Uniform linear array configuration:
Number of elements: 8
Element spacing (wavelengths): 0.25
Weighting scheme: blackman
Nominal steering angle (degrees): -45
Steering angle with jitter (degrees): -45.801
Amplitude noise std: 0.05
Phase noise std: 0.05

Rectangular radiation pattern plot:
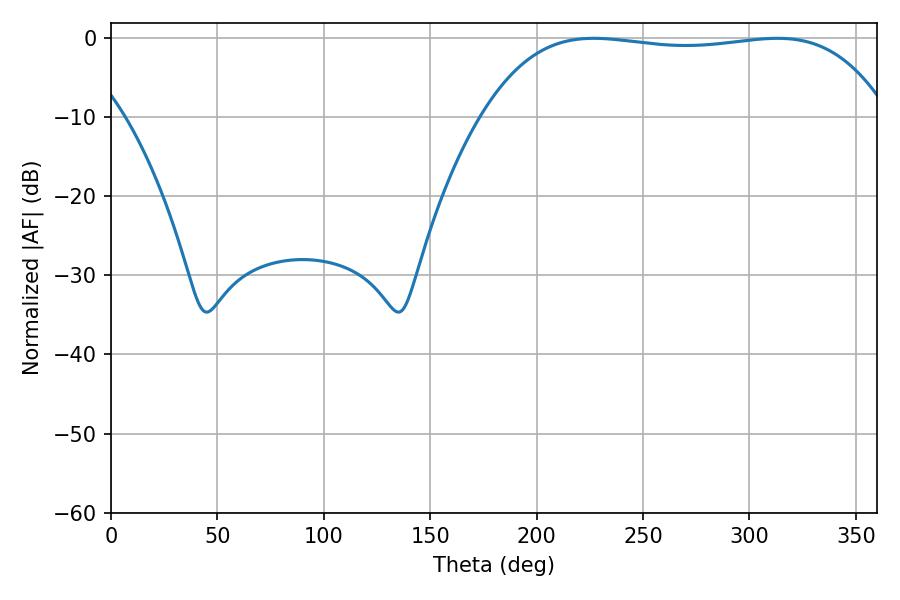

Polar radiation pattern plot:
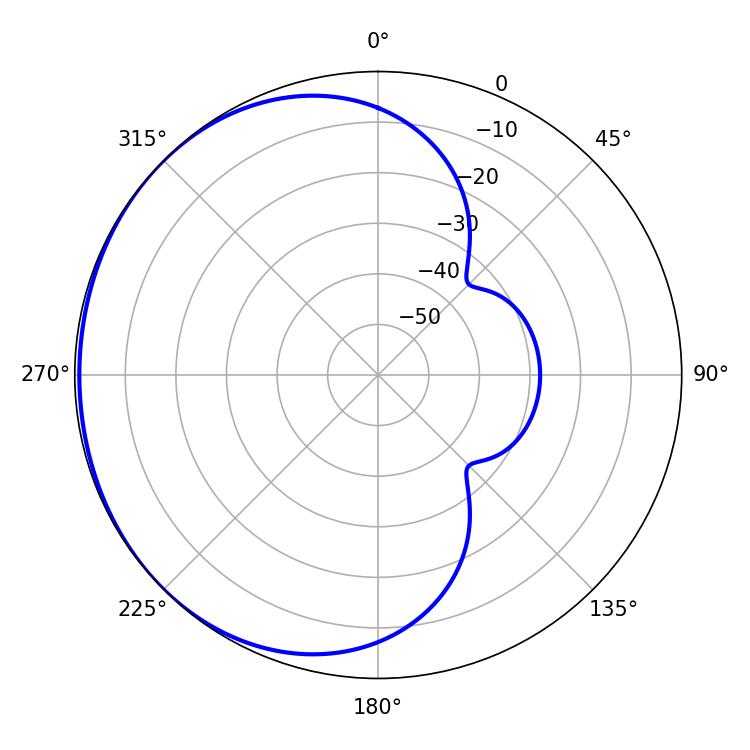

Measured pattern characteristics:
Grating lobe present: FALSE
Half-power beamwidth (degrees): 150.84
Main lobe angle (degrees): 226.8